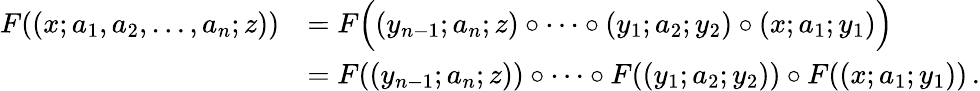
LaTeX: \begin{array}{rl}{F((x;a_{1},a_{2},\dotsc,a_{n};z))}&{=F\Bigl((y_{n-1};a_{n};z)∘\dotsb∘(y_{1};a_{2};y_{2})∘(x;a_{1};y_{1})\Bigr)}\\ &{=F((y_{n-1};a_{n};z))∘\dotsb∘F((y_{1};a_{2};y_{2}))∘F((x;a_{1};y_{1}))\, .}\end{array}